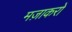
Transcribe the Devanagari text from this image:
मज़ाकरों